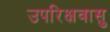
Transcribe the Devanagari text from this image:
उपरिक्षवासु